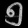
Digit: ၅